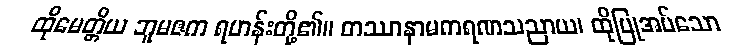
ထိုမေတ္တိယ ဘူမဇက ရဟန်းတို့၏။ တဿာနာမကရဏသညာယ၊ ထိုပြုအပ်သော